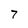
Character: 7